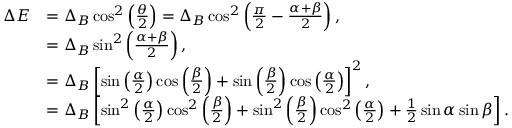
\begin{array} { r l } { \Delta E } & { = \Delta _ { B } \cos ^ { 2 } \left( \frac { \theta } { 2 } \right) = \Delta _ { B } \cos ^ { 2 } \left( \frac { \pi } { 2 } - \frac { \alpha + \beta } { 2 } \right) , } \\ & { = \Delta _ { B } \sin ^ { 2 } \left( \frac { \alpha + \beta } { 2 } \right) , } \\ & { = \Delta _ { B } \left[ \sin \left( \frac { \alpha } { 2 } \right) \cos \left( \frac { \beta } { 2 } \right) + \sin \left( \frac { \beta } { 2 } \right) \cos \left( \frac { \alpha } { 2 } \right) \right] ^ { 2 } , } \\ & { = \Delta _ { B } \left[ \sin ^ { 2 } \left( \frac { \alpha } { 2 } \right) \cos ^ { 2 } \left( \frac { \beta } { 2 } \right) + \sin ^ { 2 } \left( \frac { \beta } { 2 } \right) \cos ^ { 2 } \left( \frac { \alpha } { 2 } \right) + \frac { 1 } { 2 } \sin \alpha \sin \beta \right] . } \end{array}